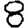
Digit: 8